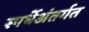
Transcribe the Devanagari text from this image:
स्पर्धेअंतर्गत